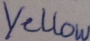
Text: Yellow